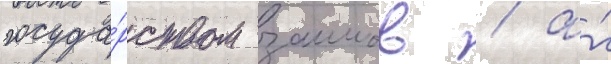
госуда́рством заимов / а́